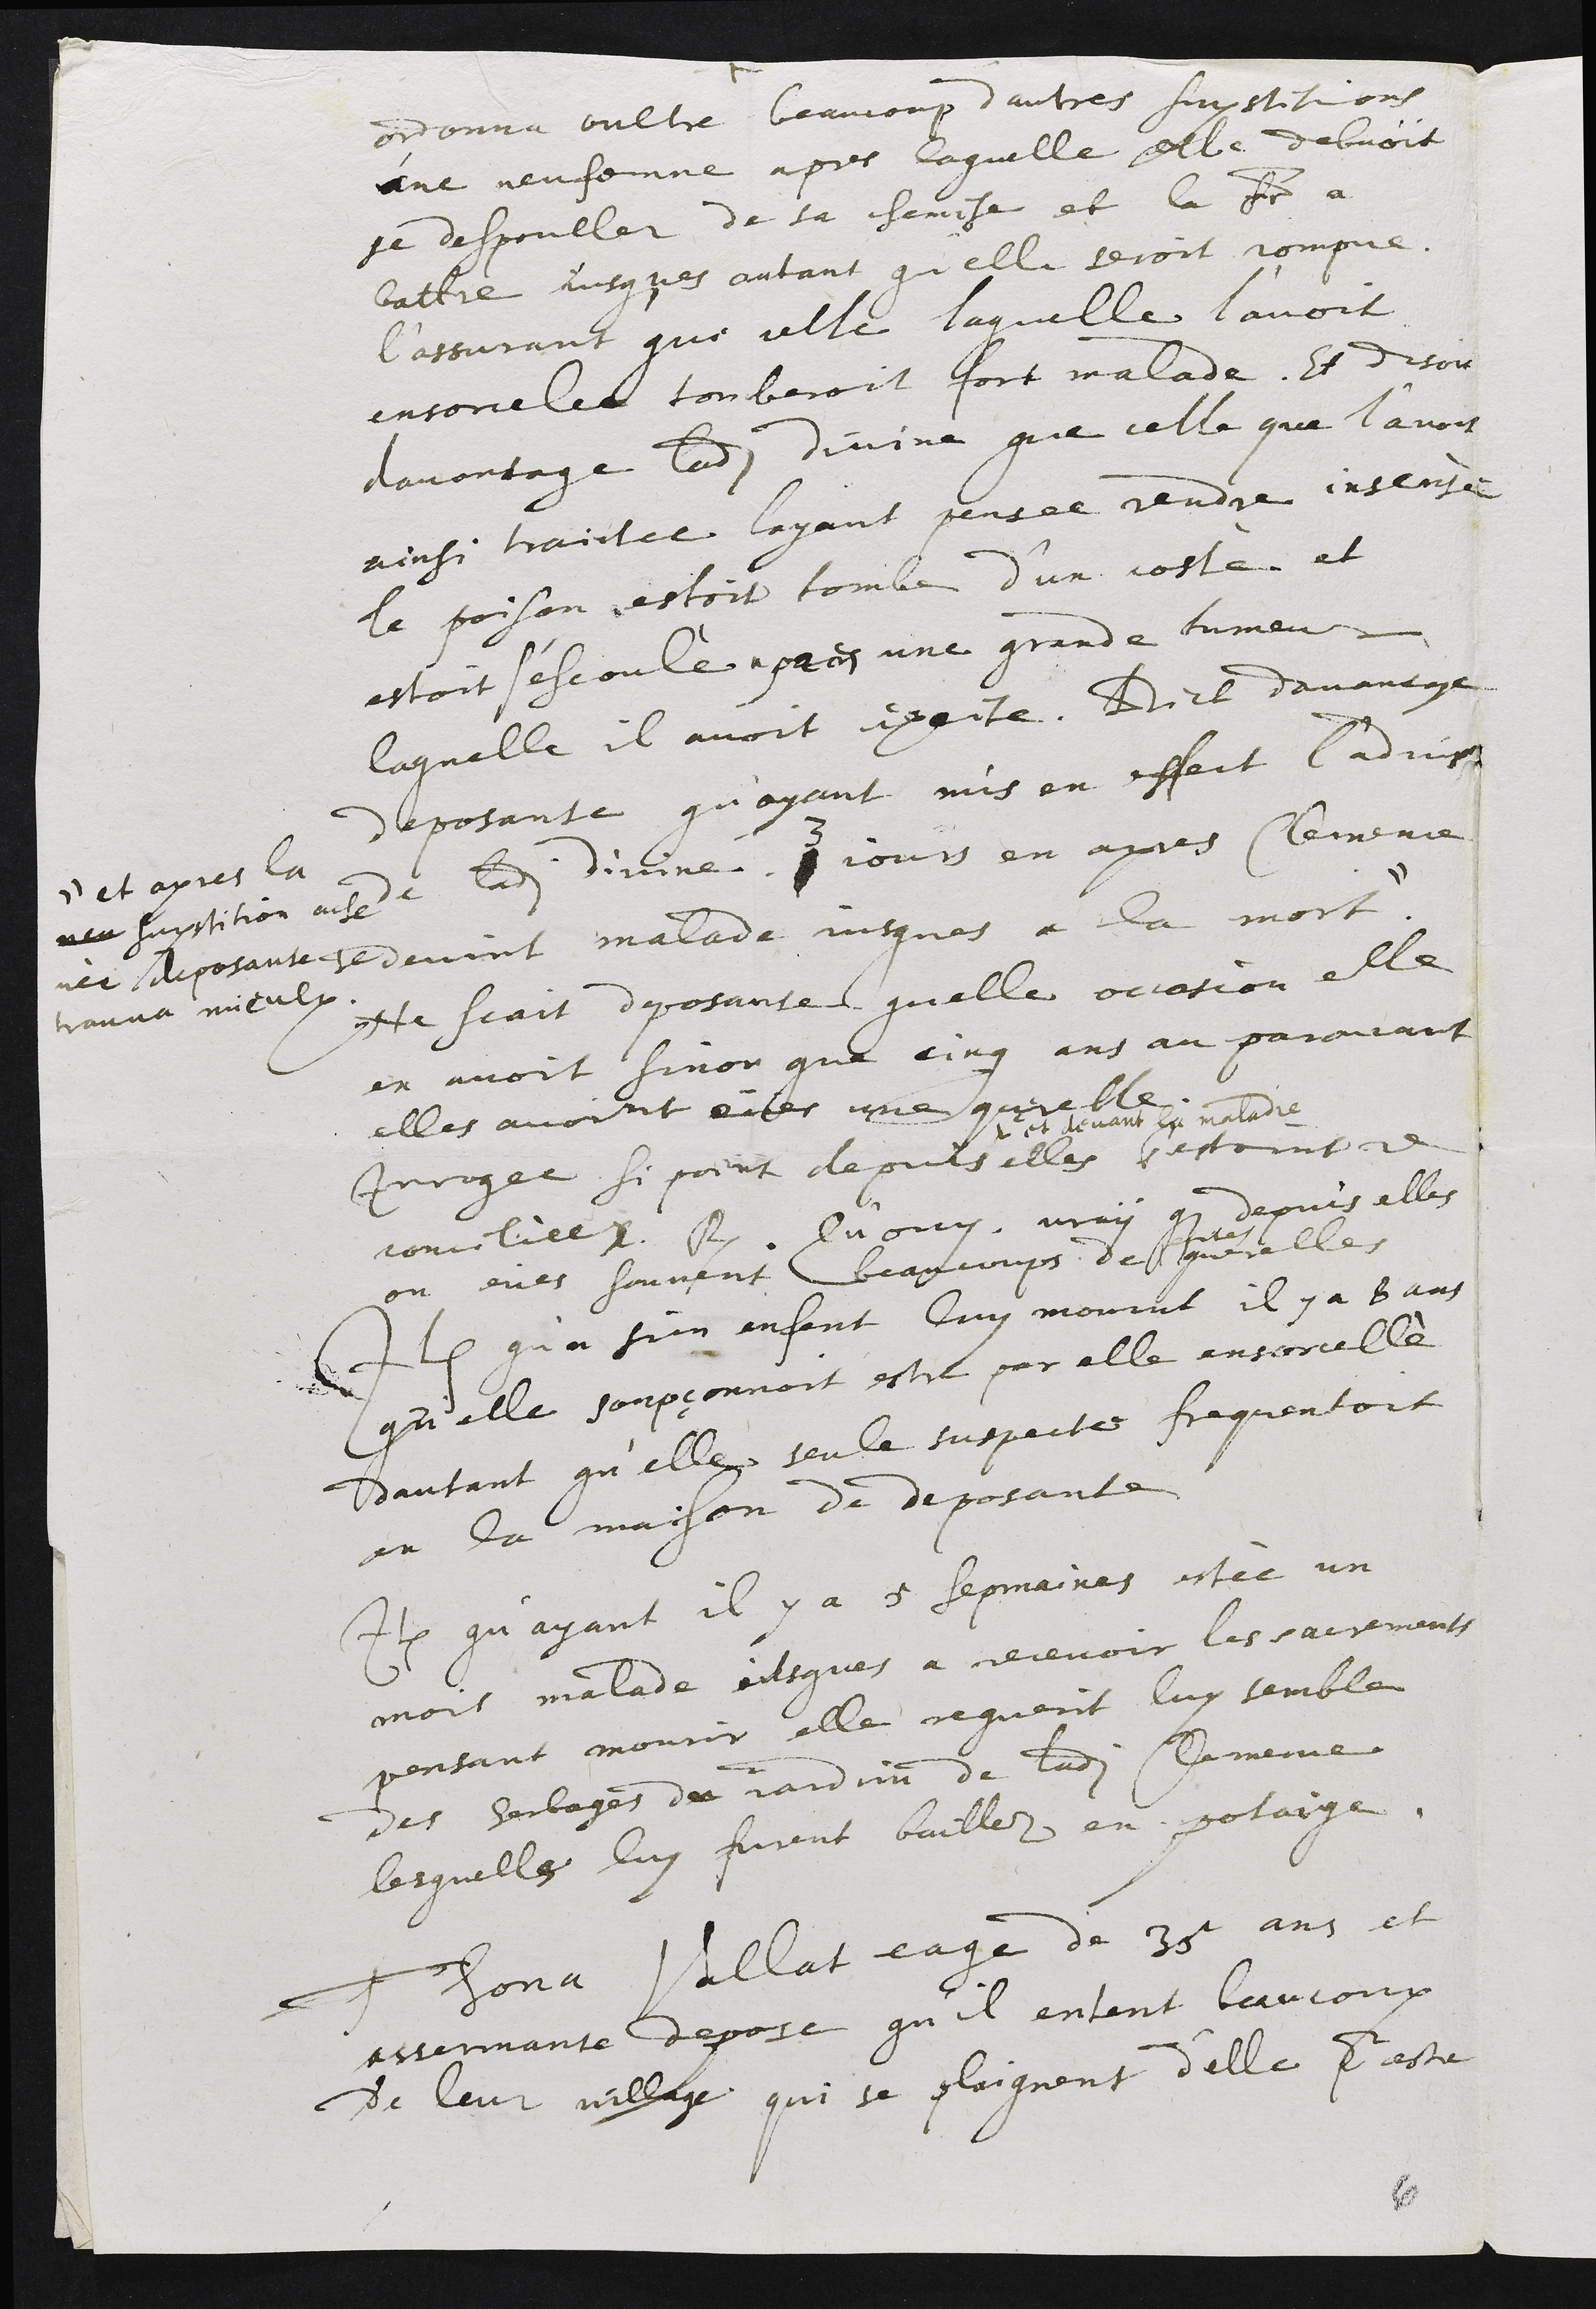
+
ordonna oultre beaucoup d’autres supstitions
une neufeinne apres laquelle elle debvoit
se despouller de sa chemise et la fr à
battre jusques autant qu’elle seroit rompue.
l’assurant que celle laquelle l’avoit
ensorcelee tomberoit fort malade. Et disoit
davantage ladite divine que celle que l’avoit
ainsi traictee l’ayant pensee rendre insensé
le poison estoit tombe d’un costè et
estoit s’escoulé apres une grande tumeur
laquelle il avoit excite. Dict davantage
deposante qu’ayant mis en effect l’advis
de ladite divine 3  jours en apres Clemence,
devint malade jusques a la mort #
# et apres la
neu supstition ache
vée deposante se
trouva mieulx.
Ne scait deposante quelle occasion elle
en avoit sinon que cinq ans au paravant
elles avoint eues une querelle.
Interrogee si point depuis
^ et devant la maladie
elles s’estoint re
conciliees R qu’ouy, vray que depuis elles
on eues souvent beaucoups de
petites
querelles
Item qu'un sien enfant luy mourut il y a 8 ans
qu’elle soupçonnoit estre par elle ensorcellé
autant qu’elle seule suspecte frequentoit
en la maison de deposante
Item qu’ayant il y a 5 sepmaines estée un
mois malade jusques a recevoir les sacrements
pensant mourir elle reguerit luy semble
des herbages du jardin de ladite Clemence
lesquelles lui furent baillez en potaige.
Thona Vallat eagé de 35 ans, et
assermante depose qu’il entant beaucoup
de leur village qui se plaignent d’elle d'estre